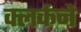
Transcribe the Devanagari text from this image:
क्लर्कने